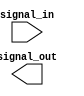
module io_block_low_power_buffer (
    input wire signal_in,
    output reg signal_out
);

always @ (signal_in) begin
    // Low-power design techniques to reduce drive strength
    // and implement power-saving features
    
   // Monitor activity of output signals and adjust power consumption accordingly
   
   //Optimized for low-power applications
   //Ensure efficiency and maintain signal integrity
   
end

endmodule